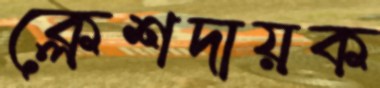
ক্লেশদায়ক